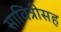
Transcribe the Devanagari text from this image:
सावित्रीसह